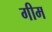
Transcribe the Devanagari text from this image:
गीम